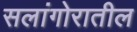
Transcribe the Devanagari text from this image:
सलांगोरातील